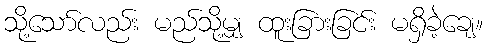
သို့သော်လည်း မည်သို့မျှ ထူးခြားခြင်း မရှိခဲ့ချေ။